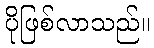
ပိုဖြစ်လာသည်။